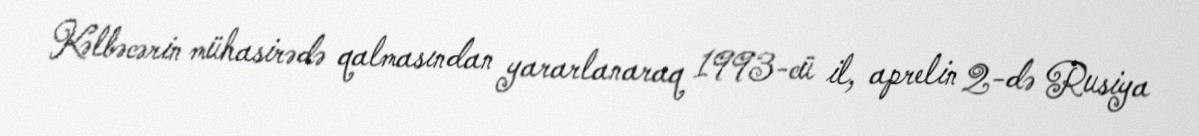
Kəlbəcərin mühasirədə qalmasından yararlanaraq 1993-cü il, aprelin 2-də Rusiya